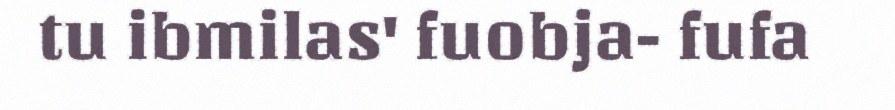
tu ibmilas' fuobja- fufa